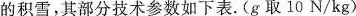
的积雪，其部分技术参数如下表. (g取10N/kg)